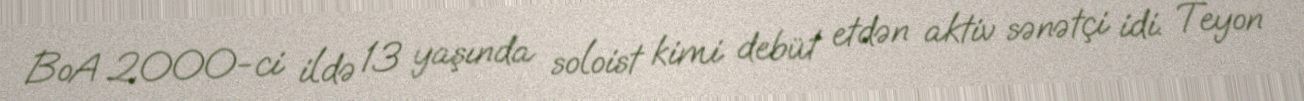
BoA 2000-ci ildə 13 yaşında soloist kimi debüt etdən aktiv sənətçi idi. Teyon